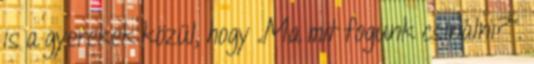
is a gyerekek közül, hogy „Ma mit fogunk csinálni?”.